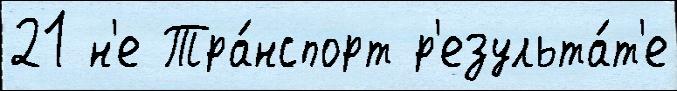
21 н'е Тра́нспорт р'езульта́т'е